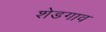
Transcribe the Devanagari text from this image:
शेडगाव